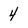
Character: 4